Indian journal of veterinary science and animal husbandry - Volume 6,
Year: 1936
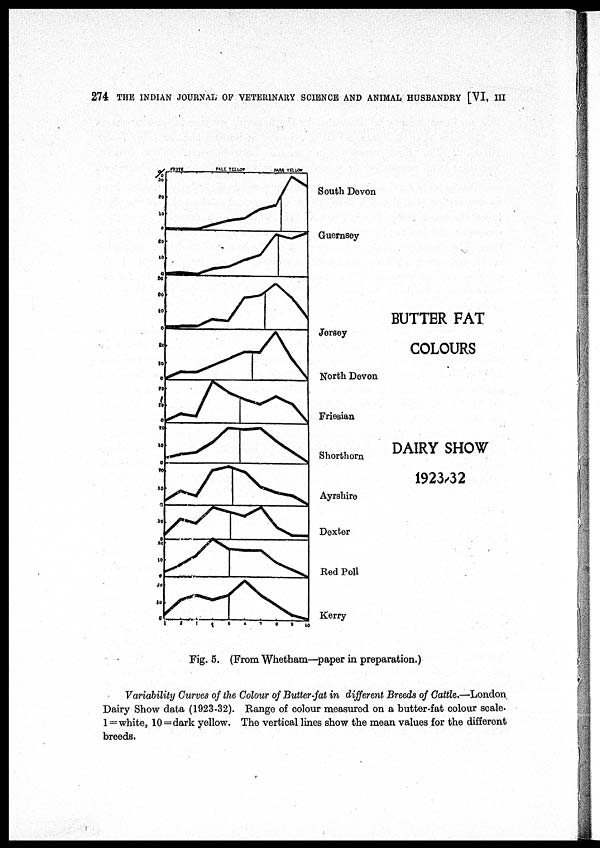
274 THE INDIAN JOURNAL OF VETERINARY SCIENCE AND ANIMAL HUSBANDRY [VI, III
Fig. 5. (From Whetham—paper in preparation.)
Variability Curves of the Colour of Butter-fat in different Breeds of Cattle.—London
Dairy Show data (1923-32). Range of colour measured on a butter-fat colour scale.
1 = white, 10=dark yellow. The vertical lines show the mean values for the different
breeds.